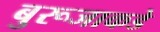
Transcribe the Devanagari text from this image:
बुरूजाकडे